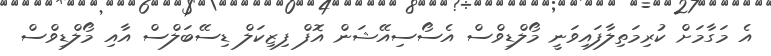
އެ މަގާމަށް ކުރިމަތިލާފައިވަނީ މޯލްޑިވްސް އެސޯސިއޭޝަން އޮފް ފިޒިކަލް ޑިސޭބަލްސް އާއި މޯލްޑިވްސް